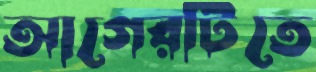
আগেরটিতে